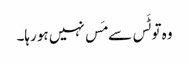
وہ تو ٹَس سے مَس نہیں ہو رہا۔